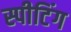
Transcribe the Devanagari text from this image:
स्पीटिंग